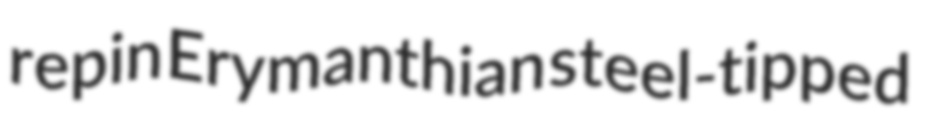
repin Erymanthian steel-tipped